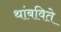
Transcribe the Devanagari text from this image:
थांबविते